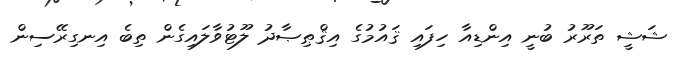
ޝަޝީ ތަރޫރު ބުނީ އިންޑިއާ ހިފައި ޤައުމުގެ އިޤްޠިޞާދު ލޫޓުވާލައިގެން ތިބެ އިނގިރޭސިން